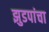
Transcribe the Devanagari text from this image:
झुडपांचा